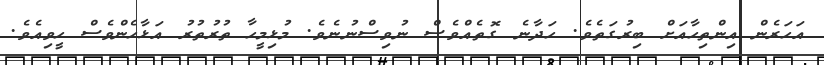
އަހަރެން އިންތިހާއަށް ބިރުގަތެވެ. ހަދާނެ ގޮތެއްވެސް ނުވިސްނުނެވެ. މުޅިމީހާ ތުރުތުރު އަޅާހެންވެސް ހީވިއެވެ.